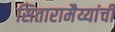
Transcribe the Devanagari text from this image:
सितारामैय्यांची